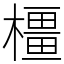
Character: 橿